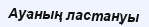
Ауаның ластануы